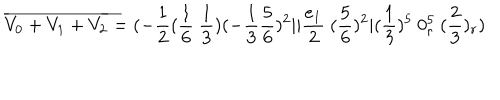
{ \overline { { { V _ { 0 } + V _ { 1 } + V _ { 2 } } } } } = ( - { \frac { 1 } { 2 } } ( { \frac { 1 } { 6 } } ~ { \frac { 1 } { 3 } } ) ( - { \frac { 1 } { 3 } } { \frac { 5 } { 6 } } ) ^ { 2 } \vert \vert { \frac { e _ { 1 } } { 2 } } ~ ( { \frac { 5 } { 6 } } ) ^ { 2 } \vert ( { \frac { 1 } { 3 } } ) ^ { 5 } ~ 0 _ { r } ^ { 5 } ~ ( { \frac { 2 } { 3 } } ) _ { r } ) \,